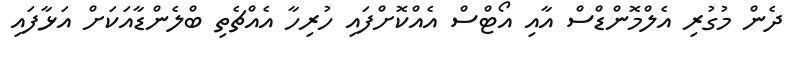
ދެން މުގުރި އެލްމޮންޑްސް އާއި އޯޓްސް އެއްކޮށްފައި ހުރިހާ އެއްޗެތި ބްލެންޑާއަކަށް އަޅާފައި